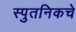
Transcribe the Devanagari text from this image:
स्पुतनिकचे